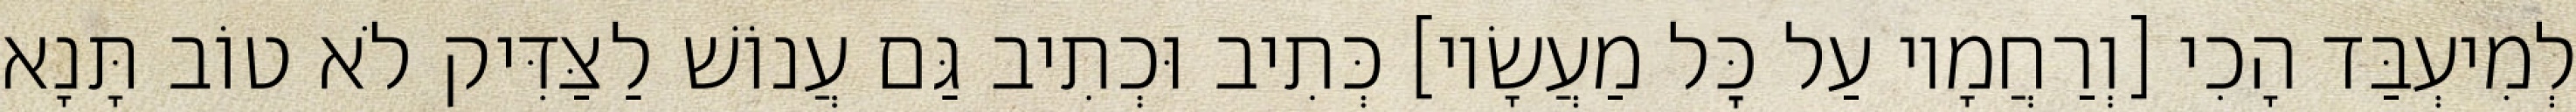
לְמִיעְבַּד הָכִי [וְרַחֲמָיו עַל כׇּל מַעֲשָׂיו] כְּתִיב וּכְתִיב גַּם עֲנוֹשׁ לַצַּדִּיק לֹא טוֹב תָּנָא